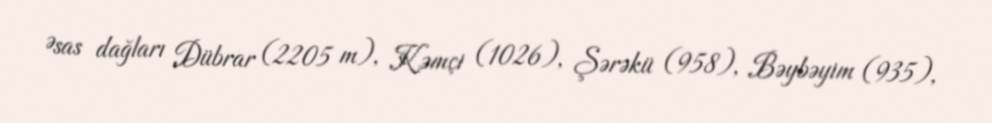
Əsas dağları Dübrar (2205 m), Kəmçi (1026), Şərəkü (958), Bəybəyim (935),